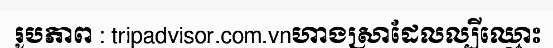
រូបភាព : tripadvisor.com.vnហាងស្រាដែលល្បីឈ្មោះ